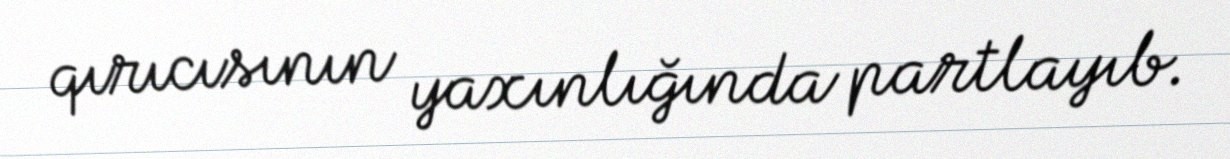
qırıcısının yaxınlığında partlayıb.